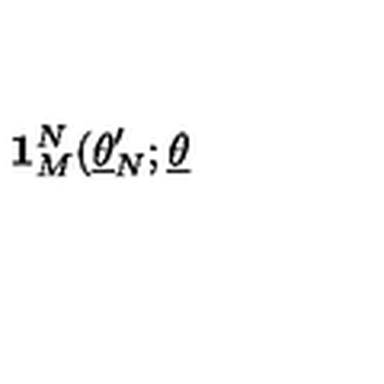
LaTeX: \mathbf { 1 } _ { M } ^ { N } ( \underline { { \theta } } _ { N } ^ { \prime } ; \underline { { \theta } }